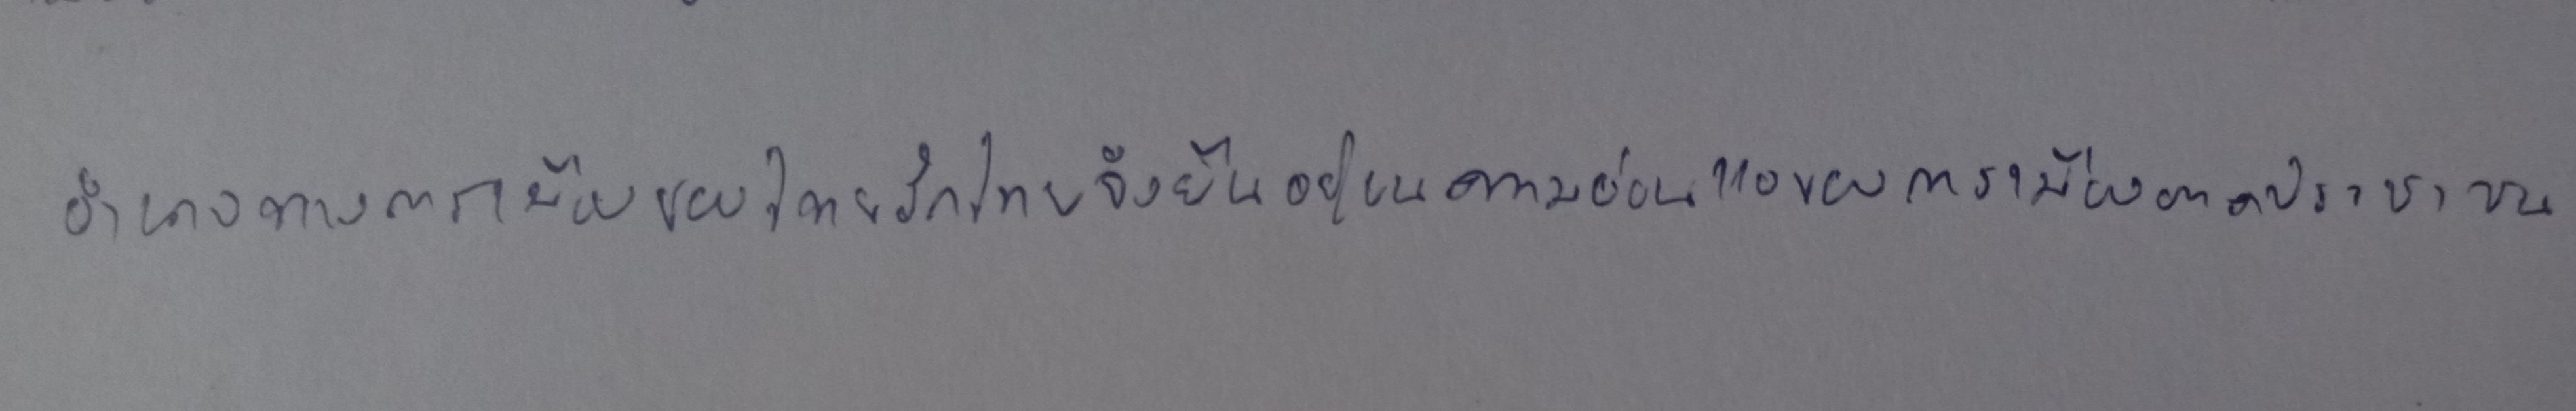
อำนาจทางการเมืองของไทยรักไทยจึงยืนอยู่บนความอ่อนแอของการเมืองภาคประชาชน